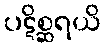
ပဋိစ္ဆရယိ